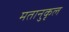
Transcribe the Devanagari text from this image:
मतानुकृल